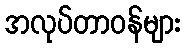
အလုပ်တာဝန်များ